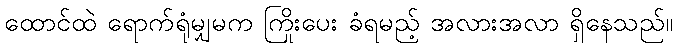
ထောင်ထဲ ရောက်ရုံမျှမက ကြိုးပေး ခံရမည့် အလားအလာ ရှိနေသည်။